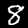
Label: 8